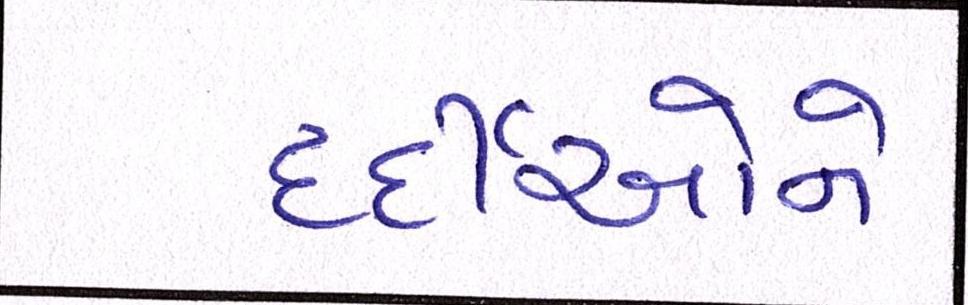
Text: દર્દીઓને